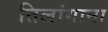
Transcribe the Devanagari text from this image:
तिलांगाना